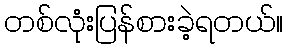
တစ်လုံးပြန်စားခဲ့ရတယ်။